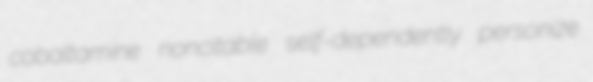
cobaltamine noncitable self-dependently personize